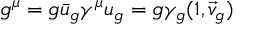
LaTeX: g ^ { \mu } = g \bar { u } _ { g } \gamma ^ { \mu } u _ { g } = g \gamma _ { g } ( 1 , \vec { v } _ { g } )